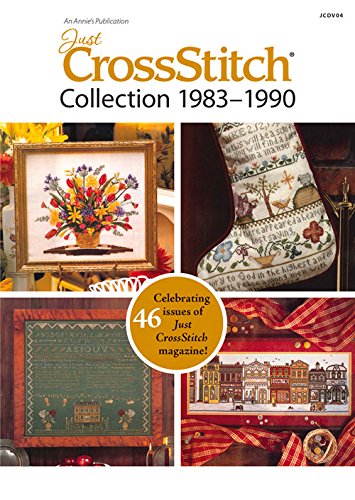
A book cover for Just CrossStitch Collection 1983EE1990; Annie's; Crafts, Hobbies & Home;